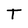
Character: T